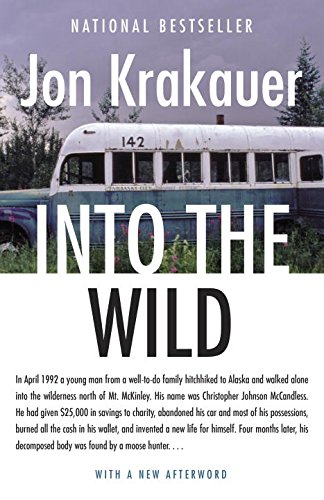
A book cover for Into the Wild; Jon Krakauer; Biographies & Memoirs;